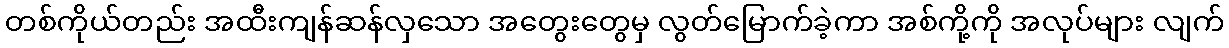
တစ်ကိုယ်တည်း အထီးကျန်ဆန်လှသော အတွေးတွေမှ လွတ်မြောက်ခဲ့ကာ အစ်ကို့ကို အလုပ်များ လျက်